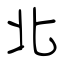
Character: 北